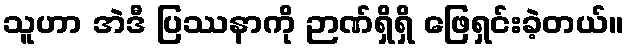
သူဟာ အဲဒီ ပြဿနာကို ဉာဏ်ရှိရှိ ဖြေရှင်းခဲ့တယ်။